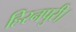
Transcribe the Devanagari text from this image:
हिरनपुरी।